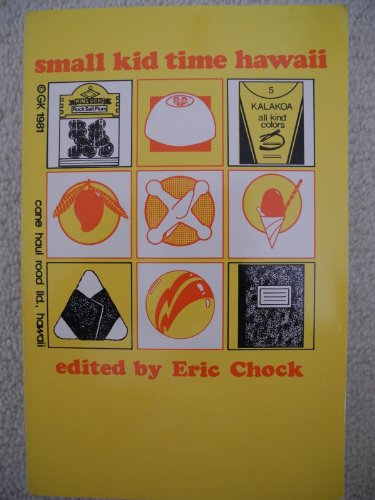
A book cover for Small Kid Time Hawaii; Eric Chock; Teen & Young Adult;